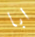
ابا